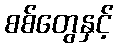
စစ်တွေနှင့်